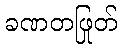
ခဏတဖြုတ်